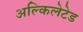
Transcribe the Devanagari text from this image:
अल्किलेटेड